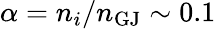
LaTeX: \alpha=n_{i}/n_{\mathrm{GJ}}\sim 0.1